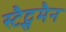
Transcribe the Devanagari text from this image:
स्टैट्समैन